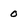
Character: 0